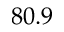
8 0 . 9